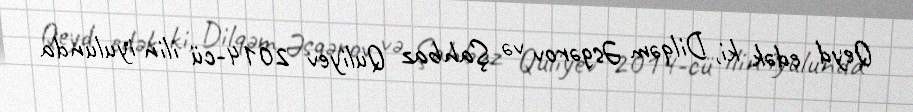
Qeyd edək ki, Dilqəm Əsgərov və Şahbaz Quliyev 2014-cü ilin iyulunda